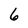
Character: 6